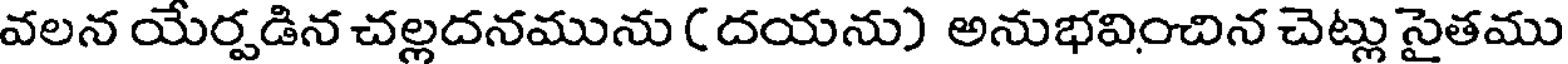
వలన యేర్పడిన చల్లదనమును ( దయను) అనుభవించిన చెట్లు సైతము